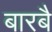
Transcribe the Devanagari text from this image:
बारबै